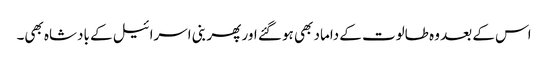
اس کے بعد وہ طالوت کے داماد بھی ہو گئے اور پھر بنی اسرائیل کے بادشاہ بھی۔